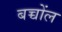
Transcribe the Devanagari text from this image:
बच्चोंल